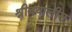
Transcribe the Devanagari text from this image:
श्रीबयालीस